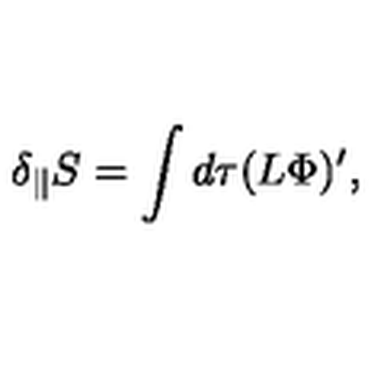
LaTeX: \delta _ { \parallel } S = \int d \tau ( L \Phi ) ^ { \prime } ,